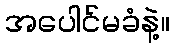
အပေါင်မခံနဲ့။